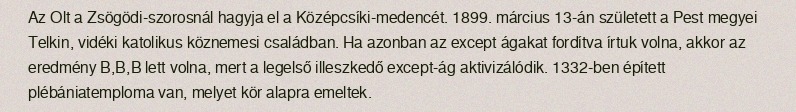
Az Olt a Zsögödi-szorosnál hagyja el a Középcsíki-medencét. 1899. március 13-án született a Pest megyei Telkin, vidéki katolikus köznemesi családban. Ha azonban az except ágakat fordítva írtuk volna, akkor az eredmény B,B,B lett volna, mert a legelső illeszkedő except-ág aktivizálódik. 1332-ben épített plébániatemploma van, melyet kör alapra emeltek.